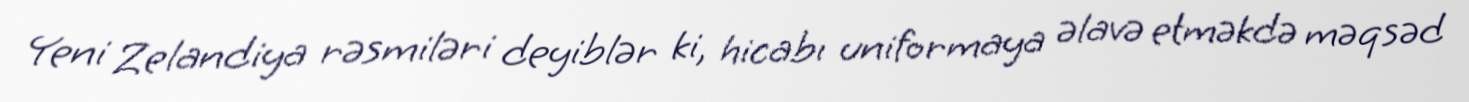
Yeni Zelandiya rəsmiləri deyiblər ki, hicabı uniformaya əlavə etməkdə məqsəd